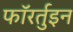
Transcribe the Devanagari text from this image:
फॉरर्तुइन